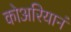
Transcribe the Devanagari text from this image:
कोअरियानं